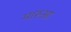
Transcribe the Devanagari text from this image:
मारुआ